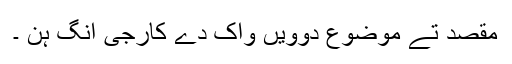
مقصد تے موضوع دوویں واک دے کارجی انگ ہن ۔